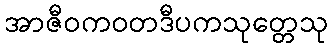
အာဇီဝကဝတဒီပကသုတ္တေသု